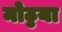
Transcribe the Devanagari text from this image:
मोठ्ठया